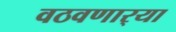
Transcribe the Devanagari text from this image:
वठवणार्‍या